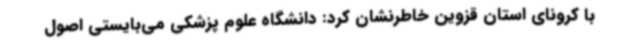
با کرونای استان قزوین خاطرنشان کرد: دانشگاه علوم پزشکی می‌بایستی اصول